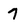
Character: 7